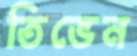
তিভেন